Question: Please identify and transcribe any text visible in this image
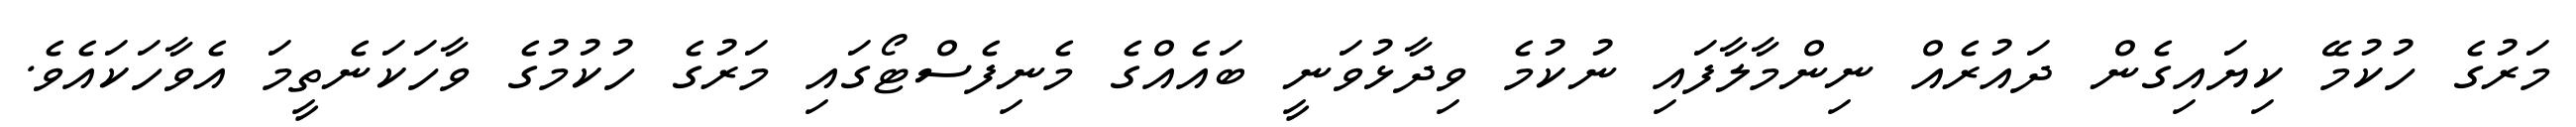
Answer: މަރުގެ ހުކުމޭ ކިޔައިގެން ދައުރެއް ނިންމާލާފައި ނުކުމެ ވިދާޅުވަނީ ބައެއްގެ މެނިފެސްޓޯގައި މަރުގެ ހުކުމުގެ ވާހަކަނެތީމަ އެވާހަކައެވެ.